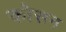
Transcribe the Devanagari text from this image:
कोसन